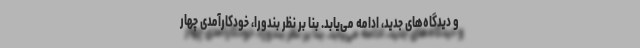
و دیدگاه‌های جدید، ادامه می‌یابد. بنا بر نظر بندورا، خودکارآمدی چهار